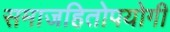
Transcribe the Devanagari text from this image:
समाजहितोपयोगी